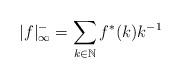
LaTeX: \begin{align*}|f|_{\infty}^- = \sum_{k \in {\mathbb N}} f^*(k)k^{-1}\end{align*}